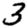
Digit: 3